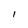
Character: l